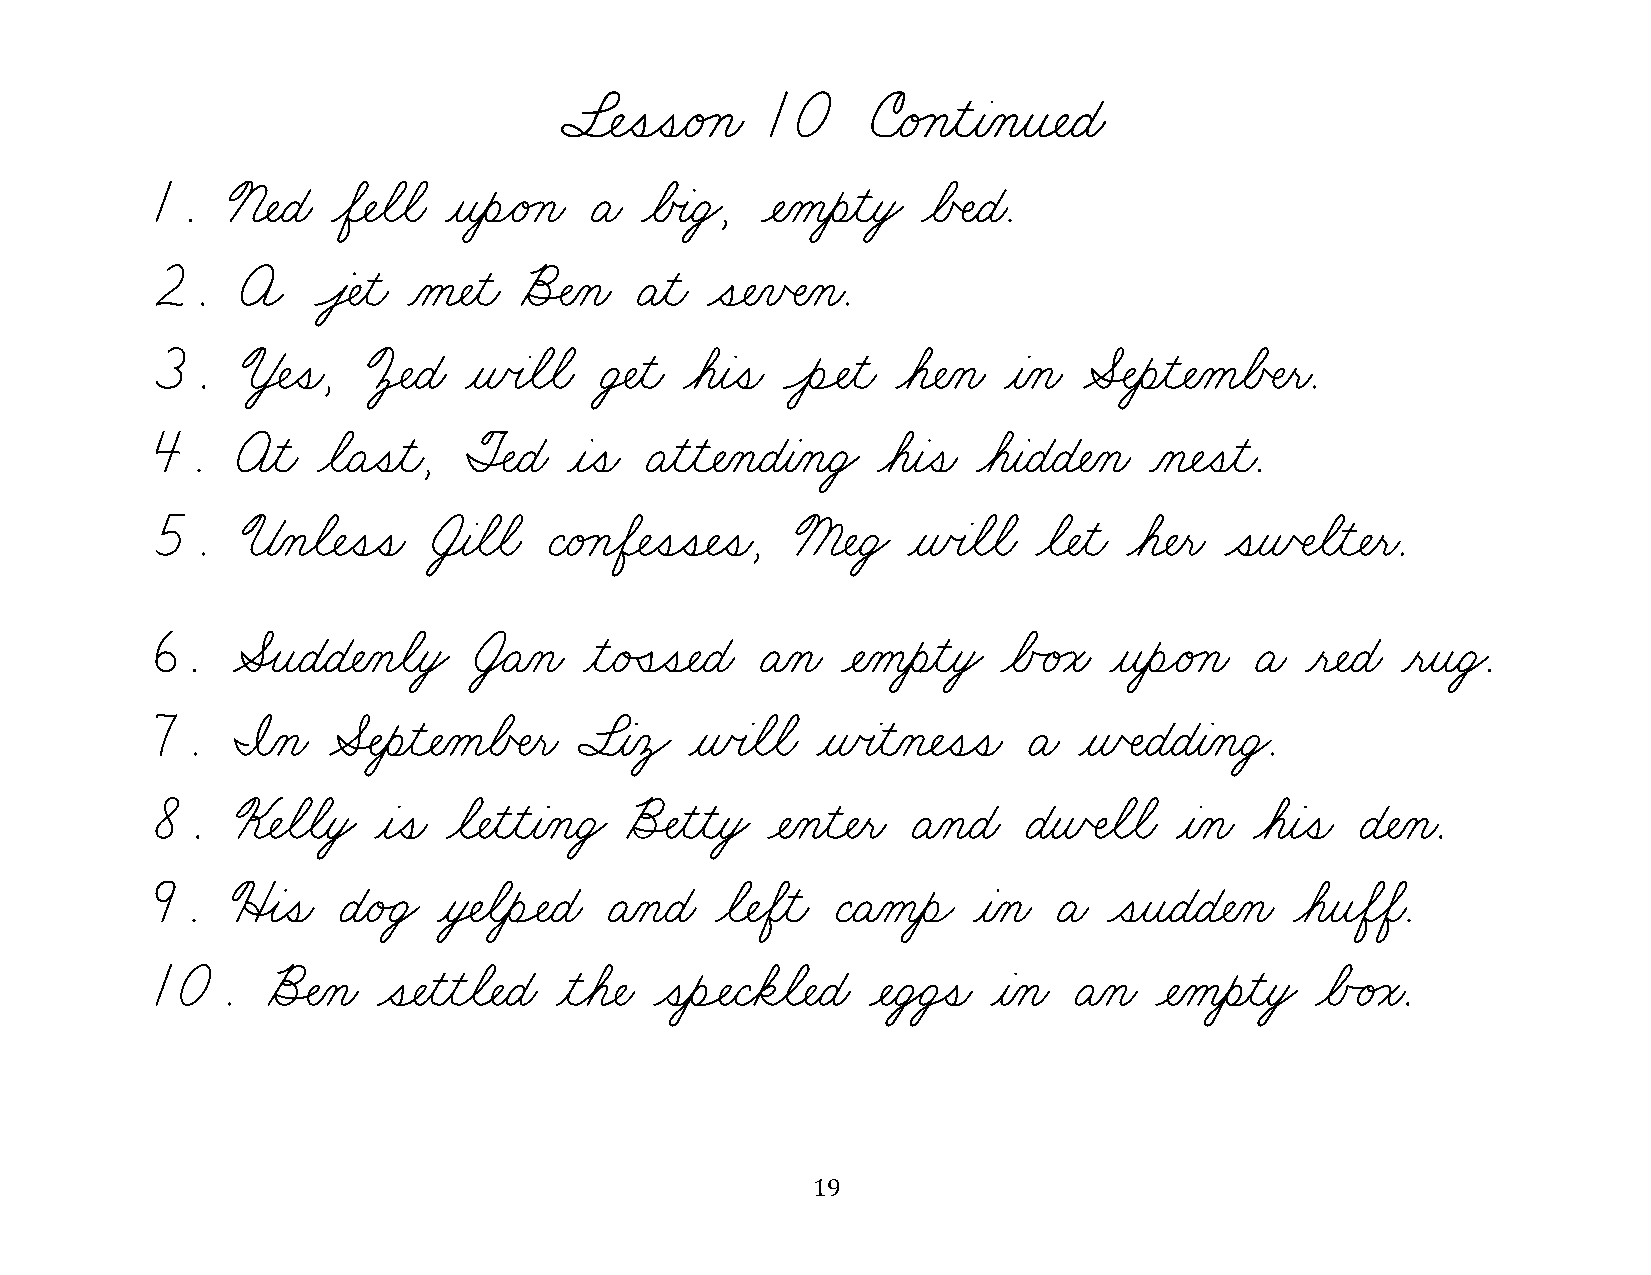
§¬ÑˆíˆíæéÁçæ  10     úæéÁçƒìƒàÀçƒî¬ÑæÉæ
 1.   ™¬ÑæÉæ øÖ¬Ñøãøãæ ƒîƒèÌéÁçæ Äæ øÅœàæÜŸ, ¬ÑÀåƒèƒìƒòŸ øÅŒÑæÉæ.
 2.    A    Ôâ‡Ñƒìæ Àå¬Ñƒìæ õÍÑÀçæ Äƒìæ ˆí¬ÑÀïŒÑÀçæ.
 3.    ª‡Ñˆíæ, º‡ÑæÉæ ƒñœàøãøãæ Ü‡Ñƒìæ øáƒàˆíæ ÔèÓÑƒìæ øá¬ÑÀçæ ƒàÀçæ ÆÍÑƒèƒì¬ÑÀåøÅŒÑƒëæ.
 4.    öƒìæ øãæÄˆíƒìæ, ØÍÑæÉæ ƒàˆíæ Äƒìƒì¬ÑÀçæÉƒàÀçæÜŸ øáƒàˆíæ øáƒàæÉæÉ¬ÑÀçæ Àç¬Ñˆíƒìæ.
 5.    ±Àçøã¬Ñˆíˆíæ †¸àøãøãæ ÇæéÁçøÖ¬Ñˆíˆí¬Ñˆíæ, ß¬ÑæÜŸ ƒñœàøãøãæ øã¬Ñƒìæ øá¬Ñƒëæ ˆíƒñŒÑøãƒì¬Ñƒëæ.
 6.   ÆÎîæÉæÉ¬ÑÀçøãƒòŸ †ŸÄÀçæ ƒìæéÛíˆí¬ÑæÉæ ÄÀçæ ¬ÑÀåƒèƒìƒòŸ øÅÃéÁóæ ƒîƒèÌéÁçæ Äæ ƒë¬ÑæÉæ ƒëƒîæÜŸ.
 7.   ˜Àçæ   ÆÍÑƒèƒì¬ÑÀåøÅŒÑƒëæ §ƒàÀôŸ ƒñœàøãøãæ ƒñœàƒìÀç¬Ñˆíˆíæ Äæ ƒñŒÑæÉæÉƒàÀçæÜŸ.
 8.    £¬ÑøãøãƒòŸ ƒàˆíæ øã¬ÑƒìƒìƒàÀçæÜŸ õÍÑƒìƒìƒòŸ ¬ÑÀçƒì¬Ñƒëæ ÄÀçæÉæ ÉƒñŒÑøãøãæ ƒàÀçæ øáƒàˆíæ É¬ÑÀçæ.
 9.   üÎàˆíæ Éæé„ÜŸ ƒò‡ÑøãƒèÓÑæÉæ ÄÀçæÉæ øã¬ÑøÖƒìæ ÇæÄÀåƒèÌ ƒàÀçæ Äæ ˆíƒîæÉæÉ¬ÑÀçæ øáƒîøÖøÖæ.
 10.     õÍÑÀçæ ˆí¬Ñƒìƒìøã¬ÑæÉæ ƒìøá¬Ñæ ˆíƒèÓÑæÇøäøã¬ÑæÉæ ¬ÑæÜŸÜÚíæ ƒàÀçæ ÄÀçæ ¬ÑÀåƒèƒìƒòŸ øÅÃéÁóæ.
 19